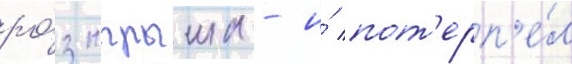
ро́зыгрыша - и́ пот'ерп'е́л